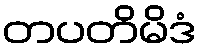
တပတိမိဒံ